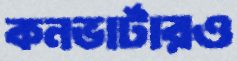
কনভার্টারও